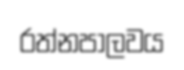
රත්නපාලවය